Annual report on the working of the mental hospitals in the Madras Presidency - 1912-1932
Year: 1912
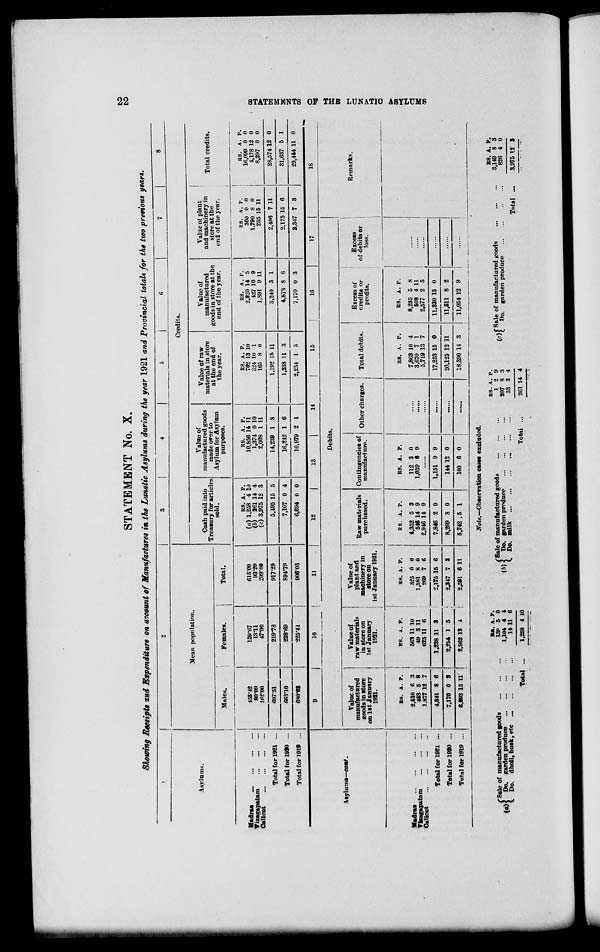
22
STATEMENTS
OF THE LUNATIC ASYLUMS
STATEMENT No. X.
Showing Receipts and Expenditure on account of Manufactures in the Lunatic Asylums during the year 1921 and Provincial totals for the two previous years.
1
Asylums.
Madras ... ... ... ...
Vizagapatam
...
...
...
Calicut ... ... ... ...
Total for 1921 ...
Total for 1920 ...
Total for 1919 ...
2
Mean population.
Males.
455.42
80.09
162.00
697.51
665.10
680.62
Females.
159.67
13.11
47.00
219.78
228.69
225.41
Total.
615.09
93.20
209.00
917.29
894.79
906.03
3
4
5
6
7
8
Credits.
Cash paid into
Treasury for articles
sold.
RS.
(a) 1,258
(b) 261
(c) 3,975
5,495
7,107
6,694
A.
4
14
12
15
0
0
P.
10
4
3
5
4
0
Value of
manufactured goods
made over to
Asylum for Asylum
purposes.
RS.
10,856
1,374
2,008
14,239
16,242
10,979
A.
14
0
1
1
1
2
P.
11
10
11
8
6
1
Value of raw
materials in store
at the end of
the year.
RS.
702
324
165
1,192
1,238
2,254
A.
13
10
8
15
11
1
P.
10
1
0
11
3
5
Value of
manufactured
goods in store at the
end of the year.
RS.
2,920
427
1,891
5,240
4,873
7,170
A.
14
10
9
3
8
0
P.
5
9
11
1
6
3
Value of plant
and machinery in
store at the
end of the year.
RS.
360
1,790
255
2,406
2,175
2,347
A.
0
8
15
7
15
7
P.
0
0
11
11
6
3
Total credits.
RS.
16,099
4,178
8,297
28,574
31,637
29,444
A.
0
12
0
12
5
11
P.
0
0
0
0
1
0
Asylums—cont.
Madras
...
...
...
Vizagapatam .. ... ...
Calicut
...
...
...
Total for 1921 ...
Total for 1920 ...
Total for 1919 ...
9
10
11
12
13
14
15
16
17
Debits.
Value of
manufactured
goods in store
on 1st January
1921.
RS.
2,510
453
1,877
4,841
7,170
6,893
A.
6
5
12
8
0
15
P.
3
8
7
6
3
11
Value of
raw materials
in store on
1st January
1921.
RS.
563
49
625
1,238
2,254
2,962
A.
11
3
11
11
1
12
P.
10
11
6
3
5
4
Value of
plant and
machinery in
store on
1st January 1921.
RS.
325
1,581
269
2,175
2,347
2,591
A.
0
8
7
15
7
6
P.
0
0
6
6
3
11
Raw materials
purchased.
RS.
4,352
546
2,946
7,846
8,209
5,742
A.
5
14
14
2
8
5
P.
3
9
0
0
0
1
Contingencies of
manufacture.
RS.
112
1,039
A.
3
6
P.
0
9
......
1,151
144
100
9
12
6
9
0
0
Other charges.
......
......
......
......
......
......
Total debits.
RS.
7,863
3,670
5,719
17,253
20,125
18,390
A.
10
7
13
15
12
14
P.
4
1
7
0
11
3
Excess of
credits or
Profits.
RS.
8,235
508
2,577
11,320
11,511
11,054
A.
5
4
2
13
8
12
P.
8
11
5
0
2
9
Excess
of debits or
loss.
......
......
......
......
......
......
18
Remarks.
Note.—Observation cases excluded.
(a) Sale of manufactured goods ... ... ...
Do. garden produce
...
...
...
...
Do. dholl, husk, etc ... ... ... ...
Total ...
RS.
139
1,104
14
1,258
A.
5
4
11
4
P.
0
4
6
10
(b)
Sale of manufactured goods
...
...
...
Do. garden produce
...
...
...
...
Do. milk
...
...
...
...
Total ...
RS.
1
207
53
261
A.
2
8
3
14
P.
9
3
4
4
(c)
Sale of manufactured goods
...
...
...
Do. garden produce
...
...
...
...
Total ...
RS.
3,149
826
3,975
A.
8
4
12
P.
3
0
3